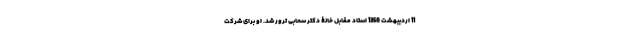
11 اردیبهشت 1358 استاد مقابل خانۀ دکتر سحابی ترور شد. او برای شرکت